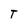
Character: T